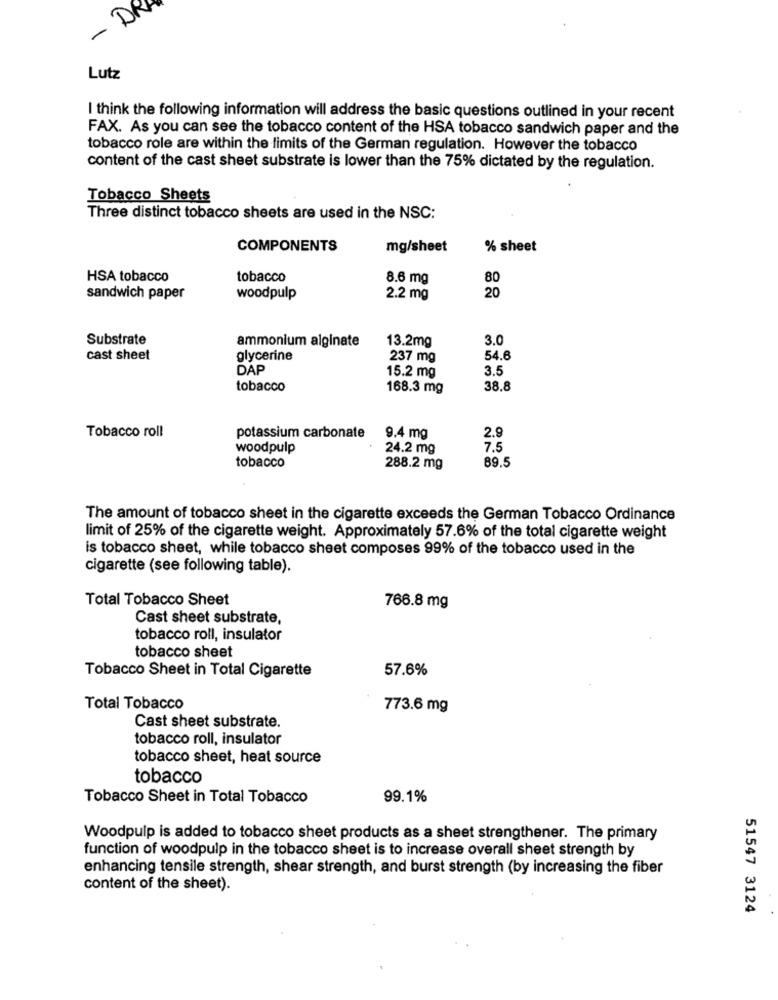
- DR
Lutz
I think the following information will address the basic questions outlined in your recent
FAX. As you can see the tobacco content of the HSA tobacco sandwich paper and the
tobacco role are within the limits of the German regulation. However the tobacco
content of the cast sheet substrate is lower than the 75% dictated by the regulation.
Tobacco Sheets
Three distinct tobacco sheets are used in the NSC:
COMPONENTS
mg/sheet
% sheet
HSA tobacco
tobacco
8.6 mg
80
sandwich paper
woodpulp
2.2 mg
20
Substrate
ammonium alginate
13.2mg
3.0
cast sheet
glycerine
237 mg
54.6
DAP
15.2 mg
3.5
tobacco
168.3 mg
38.8
Tobacco roll
potassium carbonate
9.4 mg
2.9
woodpulp
24.2 mg
7.5
89.5
tobacco
288.2 mg
The amount of tobacco sheet in the cigarette exceeds the German Tobacco Ordinance
limit of 25% of the cigarette weight. Approximately 57.6% of the total cigarette weight
is tobacco sheet, while tobacco sheet composes 99% of the tobacco used in the
cigarette (see following table).
Total Tobacco Sheet
766.8 mg
Cast sheet substrate,
tobacco roll, insulator
tobacco sheet
Tobacco Sheet in Total Cigarette
57.6%
Total Tobacco
773.6 mg
Cast sheet substrate.
tobacco roll, insulator
tobacco sheet, heat source
tobacco
Tobacco Sheet in Total Tobacco
99.1%
Woodpulp is added to tobacco sheet products as a sheet strengthener. The primary
function of woodpulp in the tobacco sheet is to increase overall sheet strength by
enhancing tensile strength, shear strength, and burst strength (by increasing the fiber
content of the sheet).
51547 3124